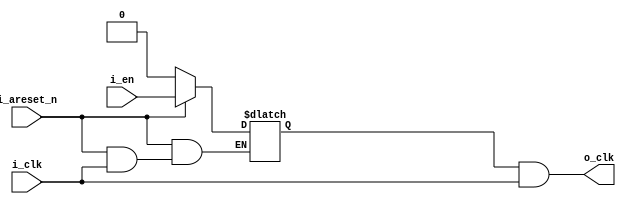
////////////////////////////////////////////////////////////////////////////////
//
//
// Project:	A set of Yosys Formal Verification exercises
//
// Background:	This file contains an implementation of a clock gate.  The
//		clock should only tick if the enable line is high.
//
// Assume:
//	1. A single incoming clock
//
//	2. An enable line that is not synchronous to it
//
// To prove:
//
//	1. Glitches in the enable line will not create glitches in the clock
//
//	2. The latch can be successfully replaced with a flip flop
//
//
// Creator:	Dan Gisselquist, Ph.D.
//		Gisselquist Technology, LLC
//
////////////////////////////////////////////////////////////////////////////////
//
// Copyright (C) 2018, Gisselquist Technology, LLC
//
// This program is free software (firmware): you can redistribute it and/or
// modify it under the terms of the GNU General Public License as published
// by the Free Software Foundation, either version 3 of the License, or (at
// your option) any later version.
//
// This program is distributed in the hope that it will be useful, but WITHOUT
// ANY WARRANTY; without even the implied warranty of MERCHANTIBILITY or
// FITNESS FOR A PARTICULAR PURPOSE.  See the GNU General Public License
// for more details.
//
// You should have received a copy of the GNU General Public License along
// with this program.  (It's in the $(ROOT)/doc directory.  Run make with no
// target there if the PDF file isn't present.)  If not, see
// <http://www.gnu.org/licenses/> for a copy.
//
// License:	GPL, v3, as defined and found on www.gnu.org,
//		http://www.gnu.org/licenses/gpl.html
//
//
////////////////////////////////////////////////////////////////////////////////
//
//
`default_nettype	none
//
//
module clkgate(i_clk, i_areset_n, i_en, o_clk);
	input	wire	i_clk, i_areset_n, i_en;
	output	wire	o_clk;

	reg	latch;

	always @(*)
	if (!i_areset_n)
		latch = 1'b0;
	else if (!i_clk)
		latch = i_en;

	assign	o_clk = (latch)&&(i_clk);

`ifdef	FORMAL
	reg	f_past_valid;

	initial	f_past_valid = 1'b0;
	always @($global_clock)
		f_past_valid <= 1'b1;

	//
	// Your logic goes here
	//
`endif
endmodule